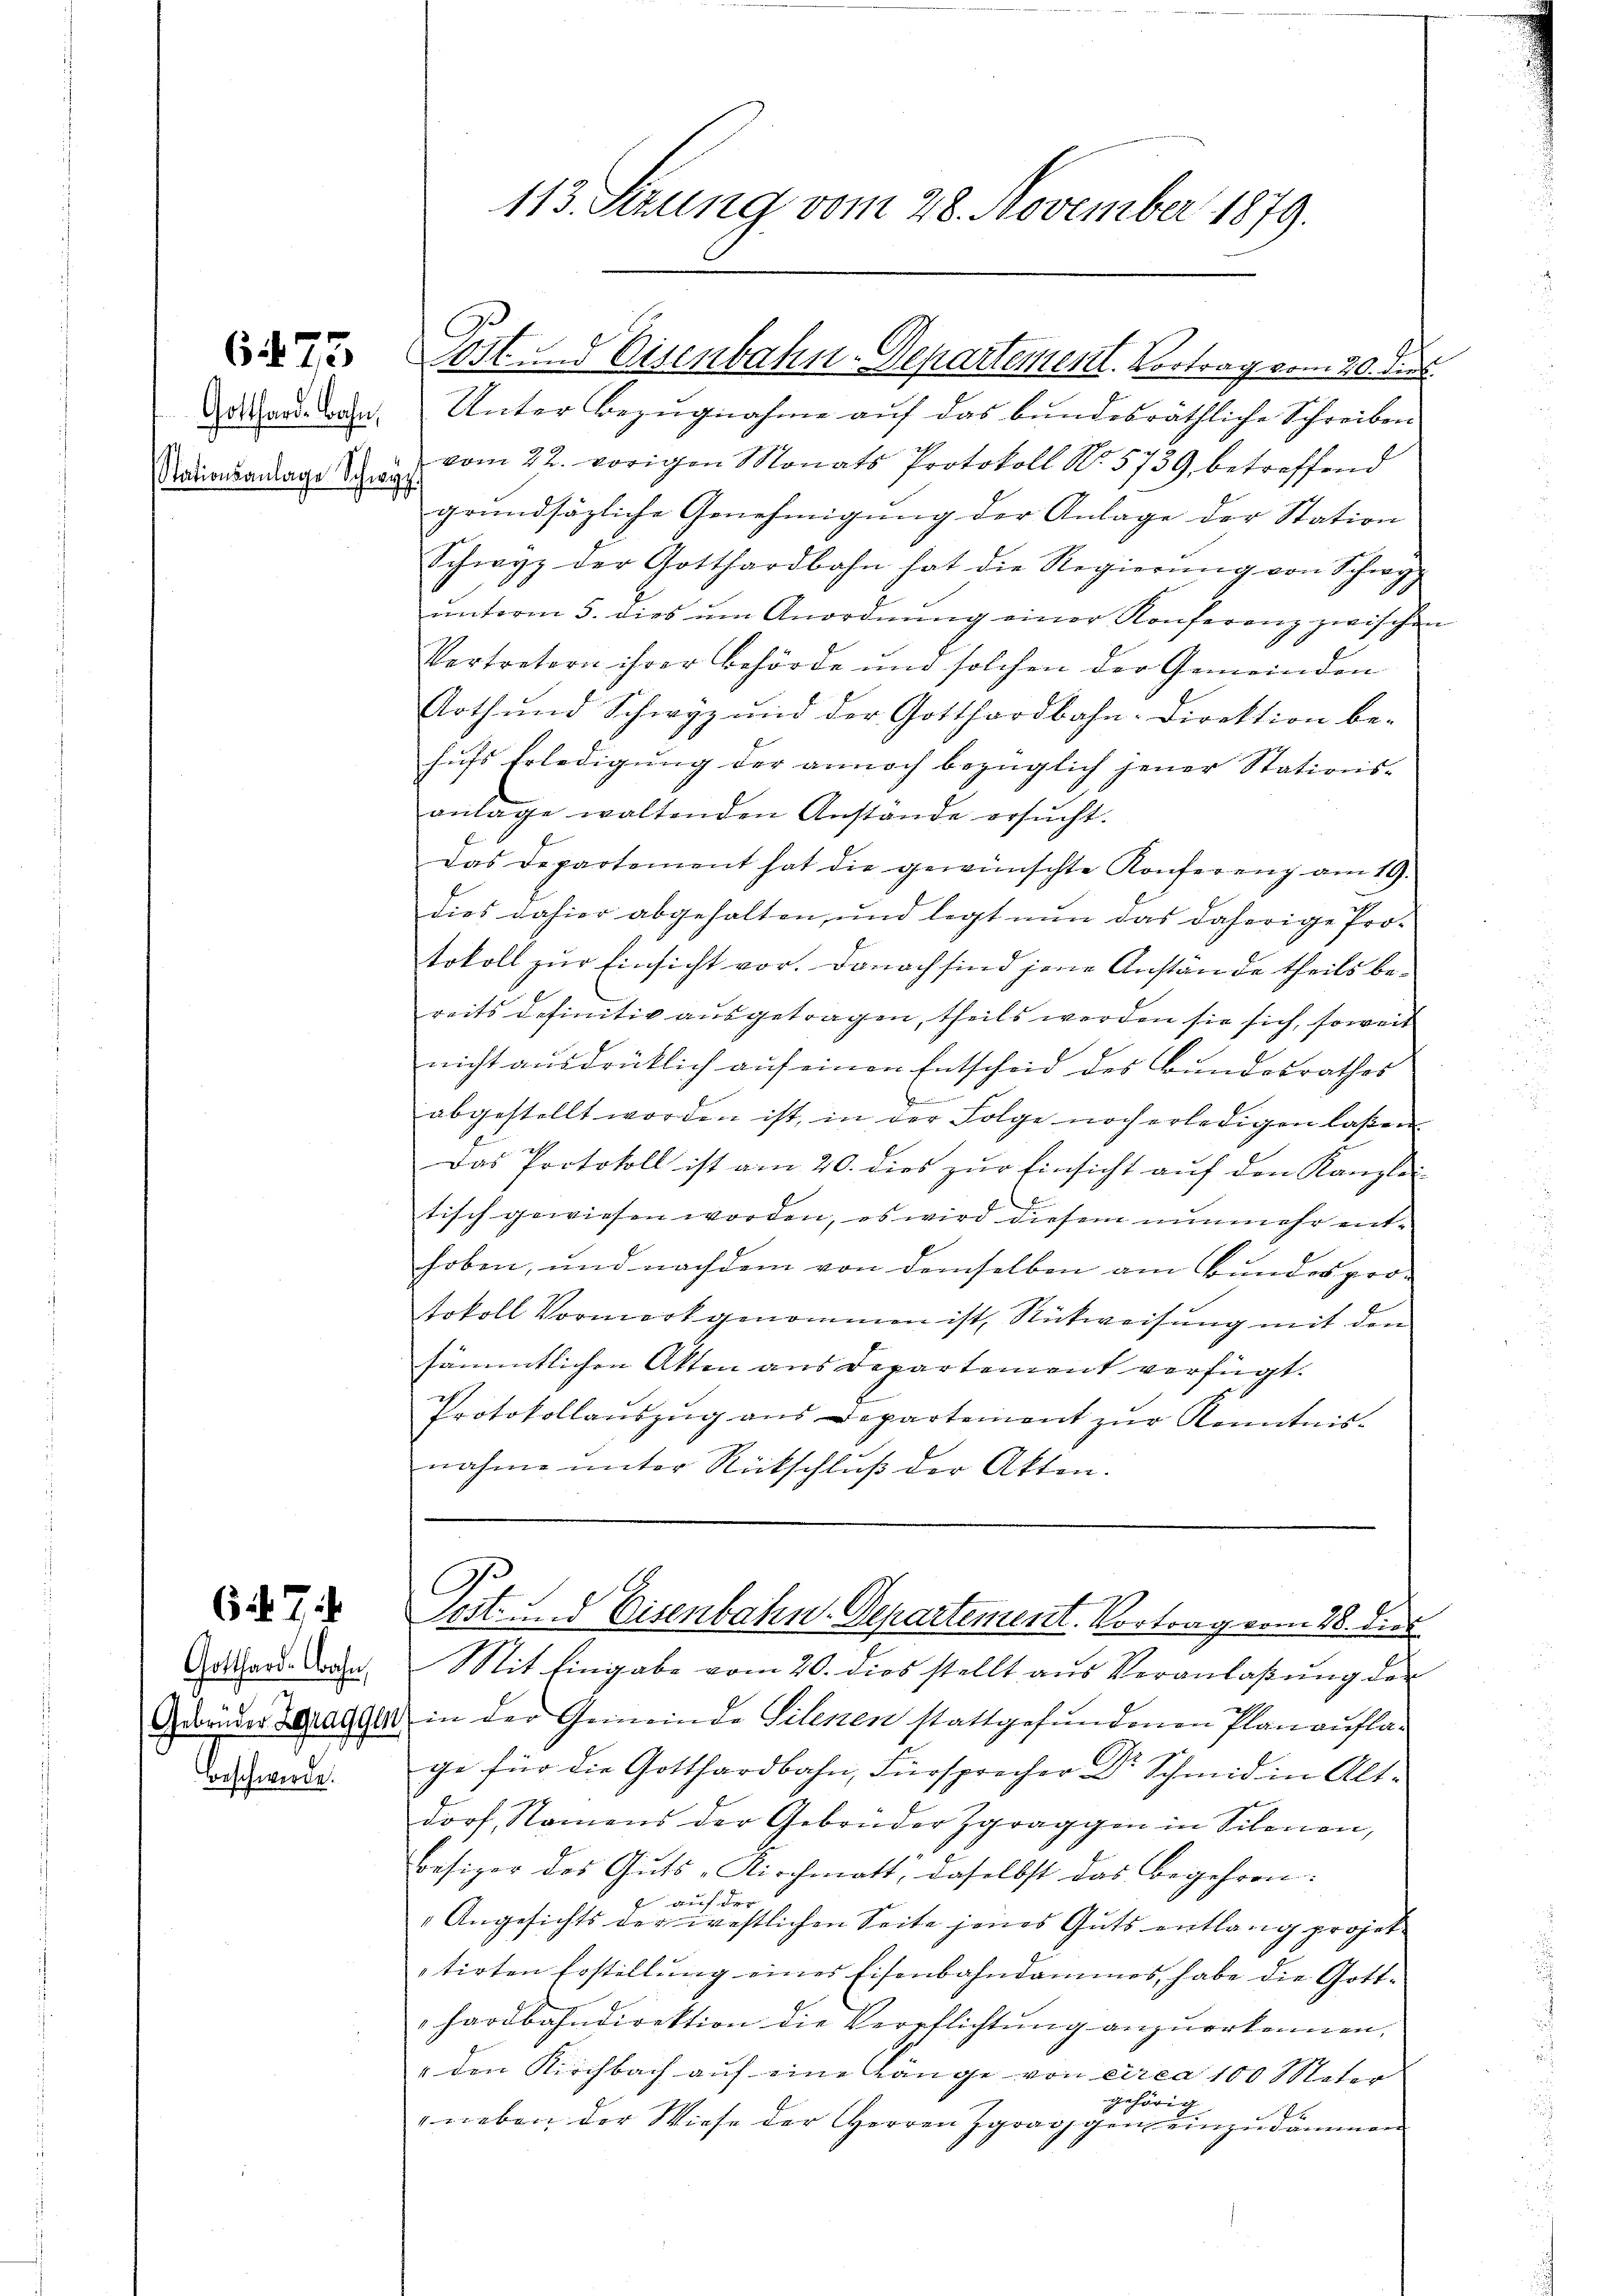
6473

Gotthardbahn,
Stationsanlage Schwyz.

7.

Gotthard. Bahn,
Beschwerde.

113. Sizung vom 28. November 1879.

Unter Bezugnahme auf das bundesräthliche Schreiben
vom 22. vorigen Monats Protokoll No 5739 betreffend
grundsätzliche Genehmigung der Anlage der Station
Schwyz der Gotthardbahn hat die Regierŭng von Schwyz
ŭnterm 5. dies ŭm Anordnŭng einer Konferenz zwischen
Vertretern ihrer Behörde und solchen der Gemeinden
Aothŭnd Schwyz und der Gotthardbahn-Direktion be-
hŭfs Erledigŭng der annoch bezüglich jener Stations-
anlage waltenden Anstände ersucht.
Das Departement hat die gewünschte Konferenz am 19.
dies dahier abgehalten, und legt nun das daherige Protokoll zur Einsicht vor. Danach sind jene Anstände theils bereits definitiv ausgetragen, theils werden sie sich, soweit
nicht ausdrücklich auf einen Entscheid des Bundesrathes
b
abgestellt worden ist, in der Folge noch erledigen laßen.
h
Das Protokoll ist am 20. dies zŭr Einsicht auf den Kanzlei-
tisch gewiesen worden, es wird diesem nunmehr enthoben, und nachdem von demselben am Bundesprotokoll Vormerk genommen ist Rückweisung mit den
sämmtlichen Akten aus Departement verfügt:
Protokollauszug aus Departement zur Kenntnisnahme unter Rückschluß der Akten.
C
Pest. Eisenbahn-Departement. Vortrag vom 28. dies
Mit Eingabe vom 20. dies stellt aus Veranlaßung der
Gebrüder Saagger in der Gemeinde Silenen stattgefundenen Plan auflage für die Gotthardbahn, Fürsprecher Dr Schmid in Alt-
dorf, Namens der Gebrüder Zgraggen in Sileon,
Besizer des Guts-Kirchmatt, daselbst das Begehren:
f auf der
Angesichts der westlichen Seite jenes Guts entlang projektirten Erstellŭng eines Eisenbahndammes, habe die Gott-
hardbahndirektion die Verpflichtung anzuerkennen,
" den Kirchbach aŭf eine Gänge von circa 100 Meter
gehörig
" neben der Wiese der Herren Zgraggen einzudämmen

Göst. Eisenbahn-Departement. Vortrag vom 30. Jun